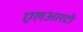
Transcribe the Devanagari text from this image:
एलआरटी